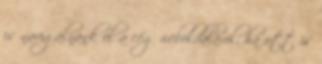
is navigálnánk el a cég weboldaláról, ha ott is